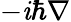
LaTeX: -\mathit{i}\hbar\nabla